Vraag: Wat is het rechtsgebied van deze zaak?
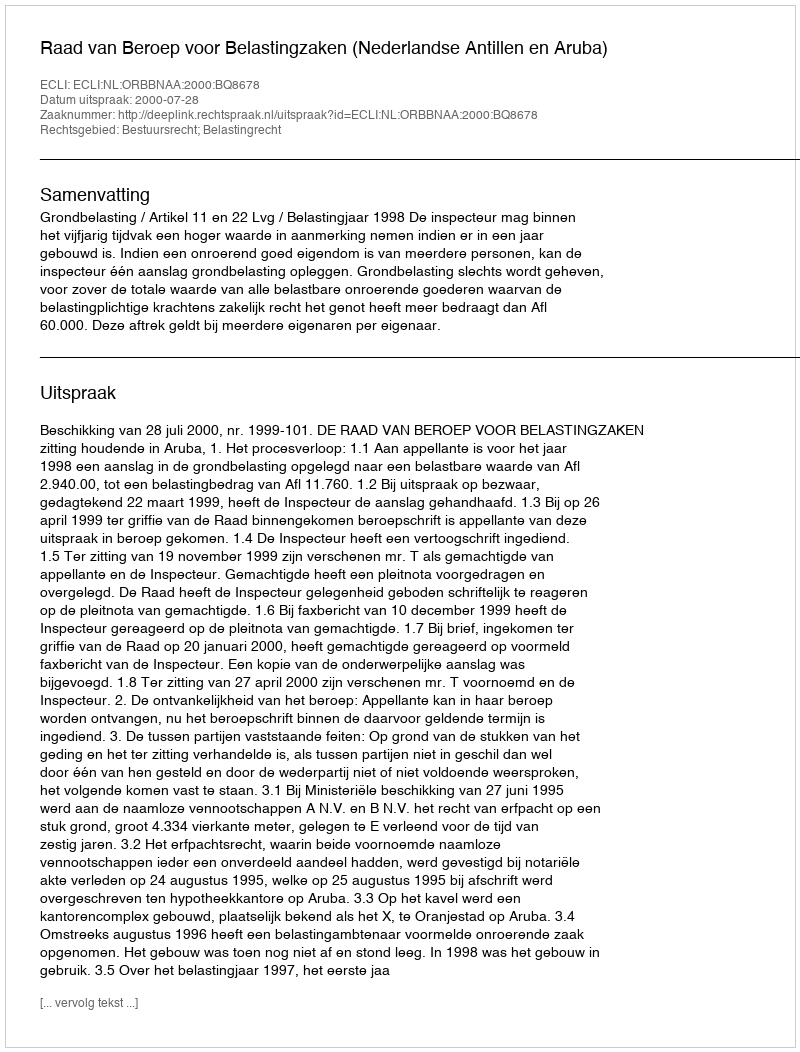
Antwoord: Bestuursrecht; Belastingrecht